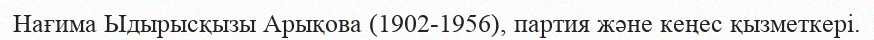
Нағима Ыдырысқызы Арықова (1902-1956), партия және кеңес қызметкері.